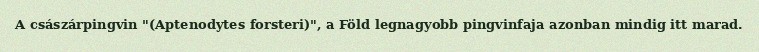
A császárpingvin "(Aptenodytes forsteri)", a Föld legnagyobb pingvinfaja azonban mindig itt marad.